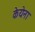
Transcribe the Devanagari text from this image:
केयेना